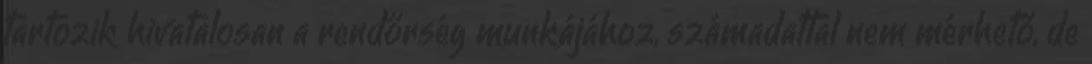
tartozik hivatalosan a rendőrség munkájához, számadattal nem mérhető, de